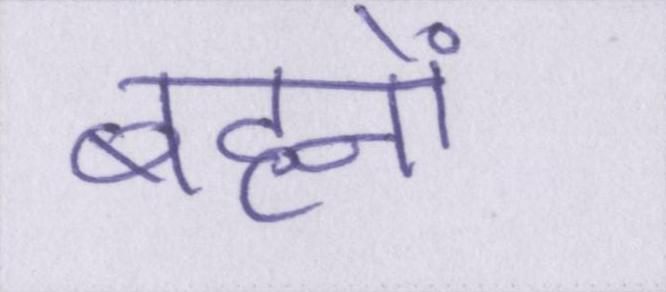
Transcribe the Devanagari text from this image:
बहनों